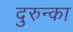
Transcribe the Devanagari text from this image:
दुरुन्का